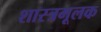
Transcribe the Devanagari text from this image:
शास्त्रमूलक